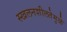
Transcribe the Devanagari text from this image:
स्खलनशीलतेमुळे